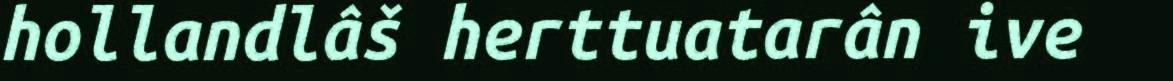
hollandlâš herttuatarân ive